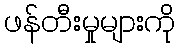
ဖန်တီးမှုများကို